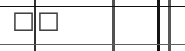
٢٠